Civil Veterinary Department. United Provinces 1923-31 - 1923-1931
Year: 1923
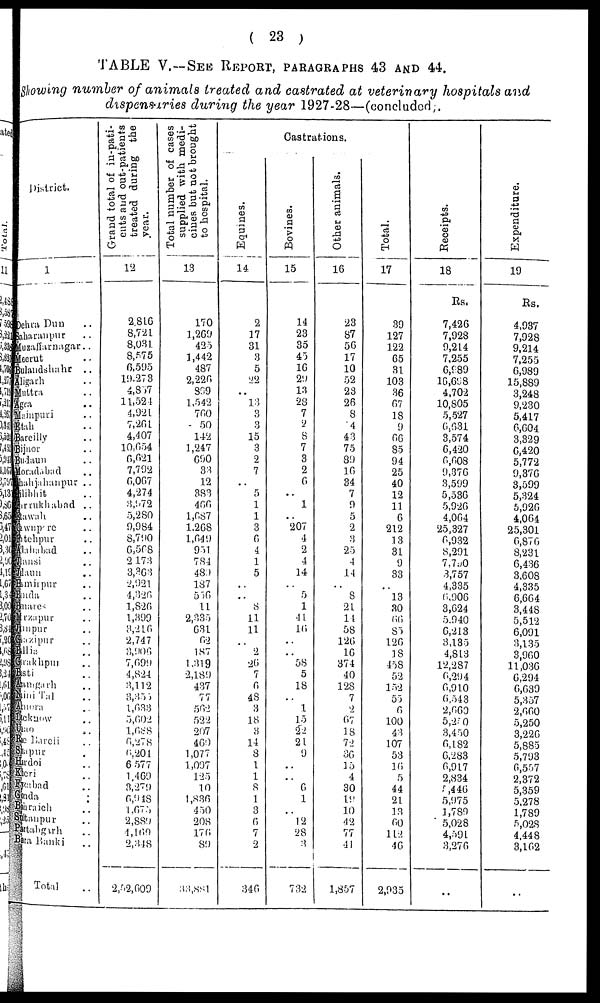
(23)
TABLE V.-SEE REPORT, PATAGRAPHS 43 AND 44.
Showing number of animals treated and castrated at veterinary hospitals and
dispensaries during the year 1927-28—(concluded.
District.
1
ehra Dun ..
haranpur ..
uzaffarnagar..
eerut ..
alandshahr ..
igarh ..
uttra ..
ra ..
ainpuri ..
tah ..
areilly ..
jnor ..
Idum ..
oradabad ..
sahjahanpur ..
libhit ..
mukhabad ..
awah ..
wnp re ..
tehpur ..
lahabad ..
ansi
..
laun ..
mirpur ..
nda ..
nares ..
rzapur ..
mpur ..
azipur ..
llia ..
rakhpur ..
sti ..
migarh ..
inl Tal ..
mera ..
ckaow ..
ao ..
c Bareli ..
apur ..
rdoi ..
cri ..
zabad ..
ada
..
araich ..
Ranpur ..
stabgarh ..
Banki ..
Total ..
Grand total of in-pati-
ents and out-patients
treated during the
year.
12
2,816
8,721
8,031
8,575
6,595
19,278
4,857
11,524
4,921
7,261
4,407
10,654
0,021
7,792
6,067
4,274
3,972
5,280
9,984
8,790
6,568
2,173
3,363
2,921
4,326
1,826
1,399
3,216
2,747
3,906
7,099
4,824
3,112
3,355
1,633
5,602
1,688
6,278
6,201
6 577
1,469
3,279
0,918
1,675
2,889
1,169
2,348
2,52,609
Total number of cases
supplied with medi-
cines but not brought
to hospital.
13
170
1,269
425
1,442
487
2,220
899
1,542
700
50
142
1,247
090
33
12
383
466
1,687
1,268
1,049
951
784
489
187
556
11
2,335
631
62
187
1,319
2,189
437
77
562
522
207
460
1,077
1,097
125
10
1,836
450
208
176
89
33,881
Castrations.
Equi nes .
14
2
17
31
3
5
22
..
13
3
3
15
3
2
7
..
5
1
1
3
6
4
1
5
..
..
8
11
11
..
2
26
7
6
48
3
18
8
14
8
1
1
8 1
3
0
7
2
340
Bovines.
15
14
23
85
45
16
29
13
28
7
2
8
7
3
2
6
..
1
..
207
4
2
4
14
..
5
1
41
10
..
..
58
5
18
..
1
15
22
21
9
..
..
6
1
..
12
28
3
732
Other animals.
16
28
87
56
17
10
52
23
26
8
4
43
75
89
10
34
7
9
5
2
8
25
4
14
..
8
21
14
58
126
16
374
40
128
7
2
67
18
72
36
15
4
30
19
10
42
77
41
1,857
Total.
17
39
127
122
65
31
103
36
67
18
9
66
85
94
25
40
12
11
6
212
13
31
9
33
..
13
30
00
85
120
18
458
52
152
55
0
100
43
107
58
10
5
44
21
13
00
112
46
2,935
Recei pt s .
18
Rs.
7,426
7,928
9,214
7.255
6,989
16,698
4,702
10,805
5,527
6,631
3,574
6,420
0,008
9,376
3,599
5,586
5,920
4,064
25,327
0,932
8,291
7,790
3,757
4,335
0,906
3,624
5.940
6,213
3,185
4,813
12,287
0,294
6,910
6,543
2,660
5,200
3,450
6,182
0,283
0,917
2,834
5,446
5,975
1,789
5,028
4,591
3,276
..
Expenditure.
19
Rs.
4,987
7,928
9,214
7,255
6,989
15,889
3,248
9,230
5,417
6,604
3,829
6,420
5,772
9,376
3,599
5,324
5,926
4,064
25,301
0,870
8,231
6,436
3,608
4,335
6,664
3,448
5,512
6,091
3,135
3,960
11,036
6,294
6,639
5,357
2,000
5,250
3,220
5,885
5,793
6,557
2,372
5,359
5,278
1,789
5,028
4.448
3,162
..